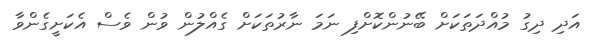
އަދި ދިގު މުއްދަތަކަށް ބޭނުންކޮށްފި ނަމަ ނާރުތަކަށް ގެއްލުން ވުން ވެސް އެކަށީގެންވާ